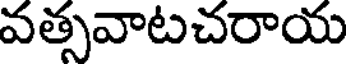
వత్సవాటచరాయ